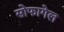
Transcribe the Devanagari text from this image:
सोफागेल